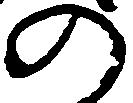
の